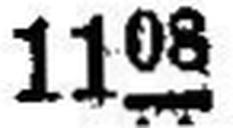
1108